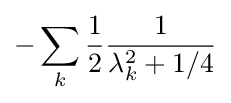
-\sum _{k}{\frac {1}{2}}{\frac {1}{\lambda _{k}^{2}+1/4}}